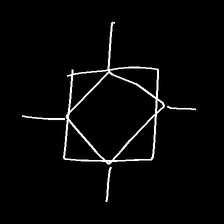
Glyph: light